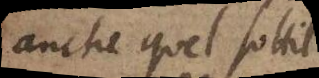
anche quel sottil